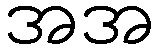
အအ